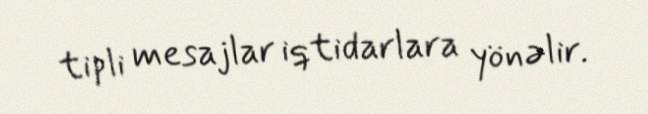
tipli mesajlar iqtidarlara yönəlir.